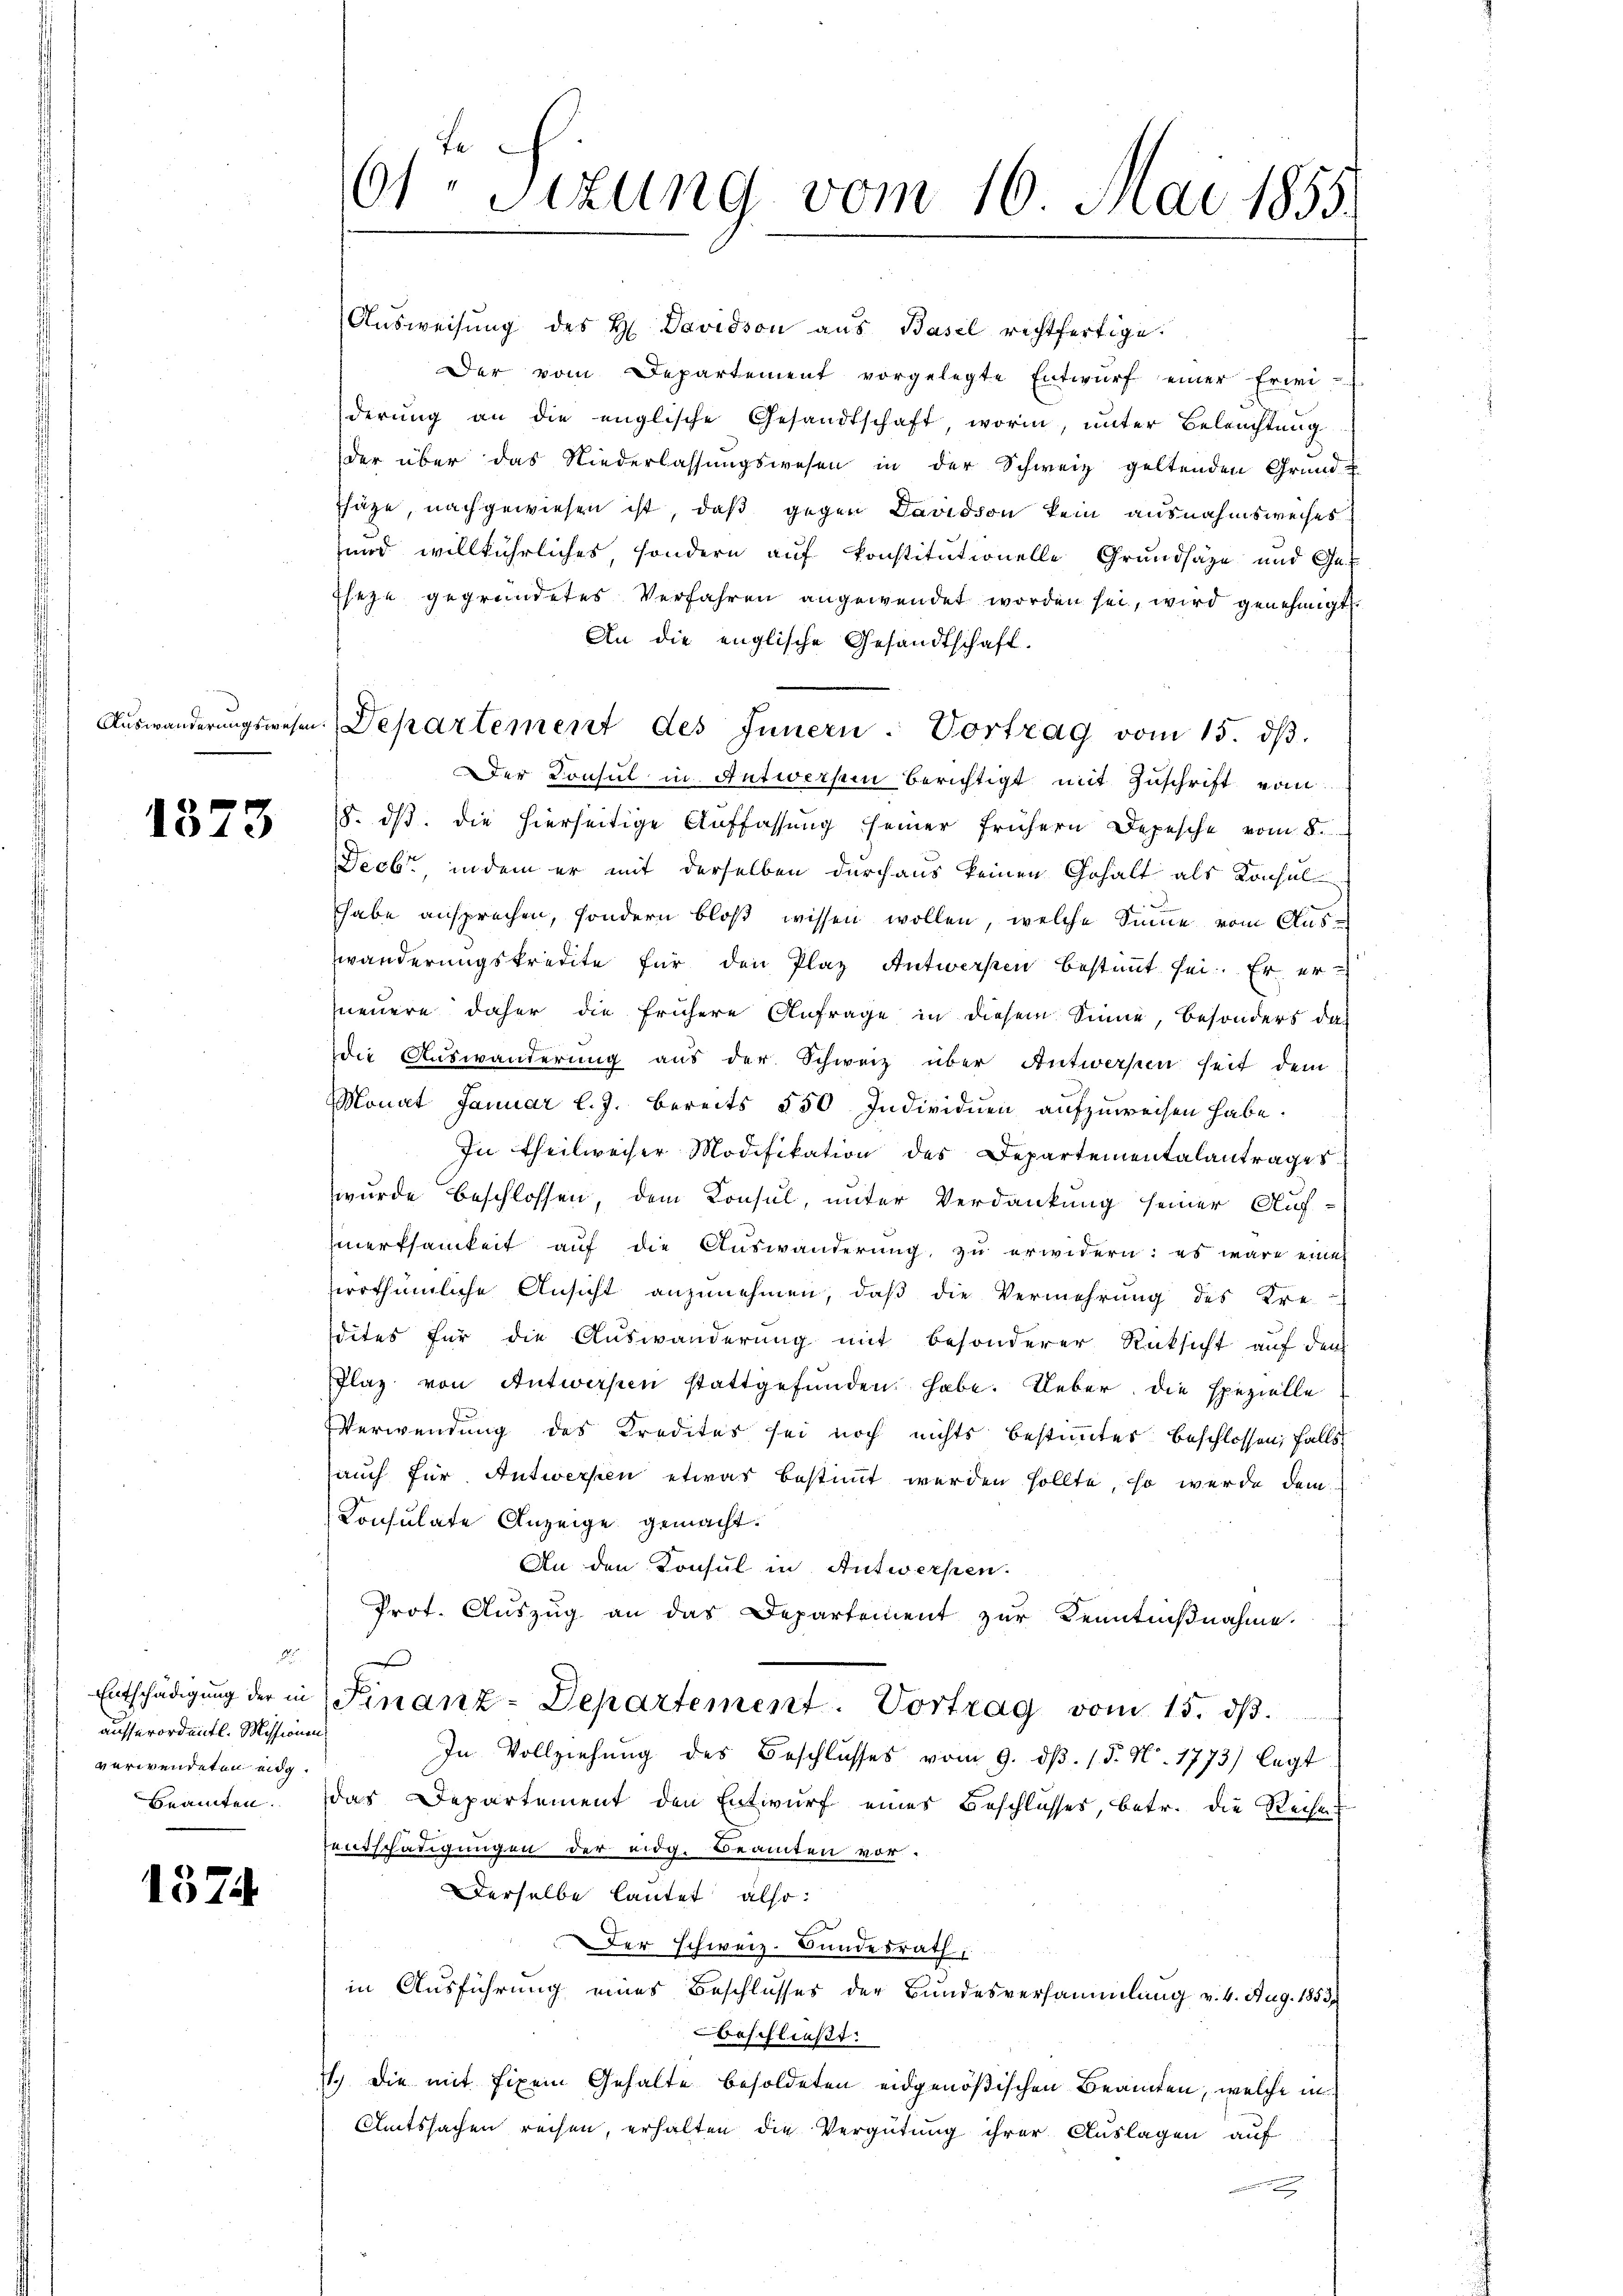
1373

.
Entschädigung der in
ausserordentl. Missionen,
verwendeten eidg.

1374

61. Sizung vom 16. Mai 1855.

Ausweisung des H. Davidson aus Basel rechtfertige.
Der vom Departement vorgelegte Entwŭrf einer Erweiderung an die englische Gesandtschaft, worin, unter Beleuchtung
der über das Niederlassŭngswesen in der Schweiz geltenden Grund-
fsäge, nachgewiesen ist, daß gegen Davidson kein ausnahmsweises
und willkührliches sondern auf konstitutionelle Grundsätze und Ge¬
Eseze gegründetes Verfahren angewendet worden sei, wird genehmigt.
An die englische Gesandtschaft.
Auswanderungswesen. Departement des Innern. Vortrag vom 15. dβ.
Der Konsul in Antwerfein berichtigt mit Zuschrift vom
8. ds. die hierseitige Auffassung seiner frühern Depesche vom 8.
Decbr., indem er mit derselben durchaus keinen Gehalt als Konsul
Thabe ansprechen, sondern bloß wissen wollen, welche Sinne vom Auswanderungskredite für den Plaz Antworfen bestimmt sei. Er er
neuere daher die frühere Anfrage in diesem Sinne, besonders das
die Auswanderung aus der Schweiz über Antwerpen seit dem
Monat Januar l. J. bereits 550 Individuen aufzuweisen habe.
In Theilweiser Modifikation des Departementalantrages
wurde beschlossen, dem Konsul, unter Verdankung seiner Auf-
smerksamkeit auf die Auswanderung, zu erwidern: es wäre eine
verthümliche Ansicht anzunehmen, daß die Vermehrung des Kre
dites für die Auswanderung mit besonderer Rücksicht auf dem
Flaz von Antworfen stattgefunden habe. Ueber die spezielle
Verwendung des Kredites sei noch nichts bestimmter beschlossen, falls
auch für Antwerpen etwas bestimmt werden sollte, so wurde dem
Consulate Anzeige gemacht.
An den Konsul in Antwersten.
Prot. Auszug an das Departement zur Kenntnißnahme.
Finanz-Departement. Vortrag vom 15. ds.
In Vollziehung des Beschlusses vom 9. dβ. (§. N. 1773) legt
Beamten. Das Departement den Entwurf eines Beschlusses, betr. die Reihe
sentschädigungen der eidg. Beamten vor.
Derselbe lautet also:
Der schweiz. Bundesrath
in Ausführung eines Beschlusses der Bundesversammlung v. 6. Aug. 1853.
beschließt:
1.) Die mit fixen Gehalte besoldeten eidgenößischen Beamten, welche in
Amtssachen reisen, erhalten die Vergütung ihrer Auslagen auf